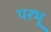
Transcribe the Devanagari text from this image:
परभू